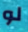
لو